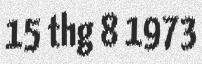
15 thg 8 1973